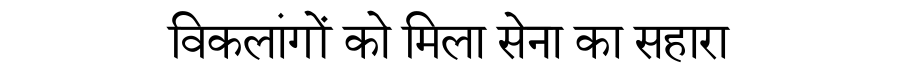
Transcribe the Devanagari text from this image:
विकलांगों को मिला सेना का सहारा